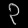
Digit: ၃